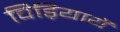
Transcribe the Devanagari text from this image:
चिड़ियायें